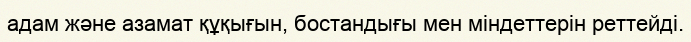
адам және азамат құқығын, бостандығы мен міндеттерін реттейді.